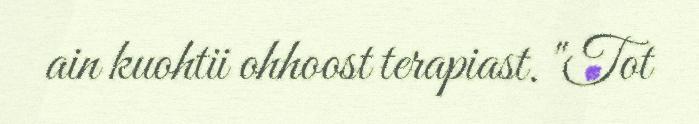
ain kuohtii ohhoost terapiast. "Tot